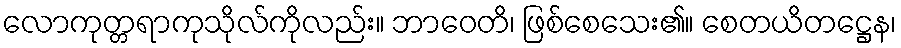
လောကုတ္တရာကုသိုလ်ကိုလည်း။ ဘာဝေတိ၊ ဖြစ်စေသေး၏။ စေတယိတဋ္ဌေန၊